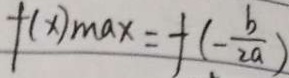
f ( x ) _ { \max } = f ( - \frac { b } { 2 a } )